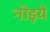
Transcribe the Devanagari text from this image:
नोइये